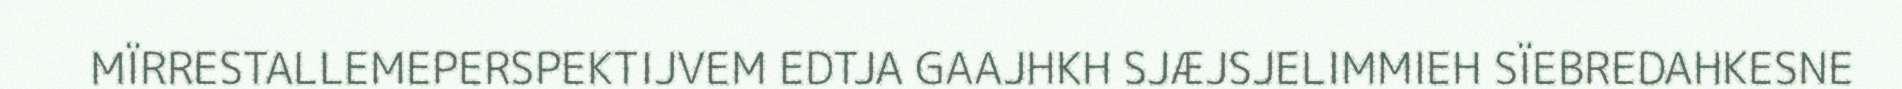
MÏRRESTALLEMEPERSPEKTIJVEM EDTJA GAAJHKH SJÆJSJELIMMIEH SÏEBREDAHKESNE